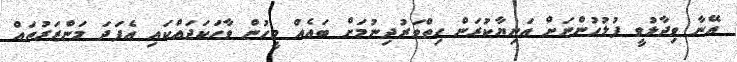
އޭނާ ވިދާޅުވީ ފުލުހުންނަށް އަނިޔާކުރަން ހިތްވަރުދިނުމަށް ބައެއް މީހުން ވާހަކަދައްކައި އެފަދަ މަންޒަރުތައް